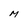
Character: M